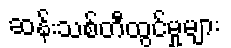
ဆန်းသစ်တီထွင်မှုများ